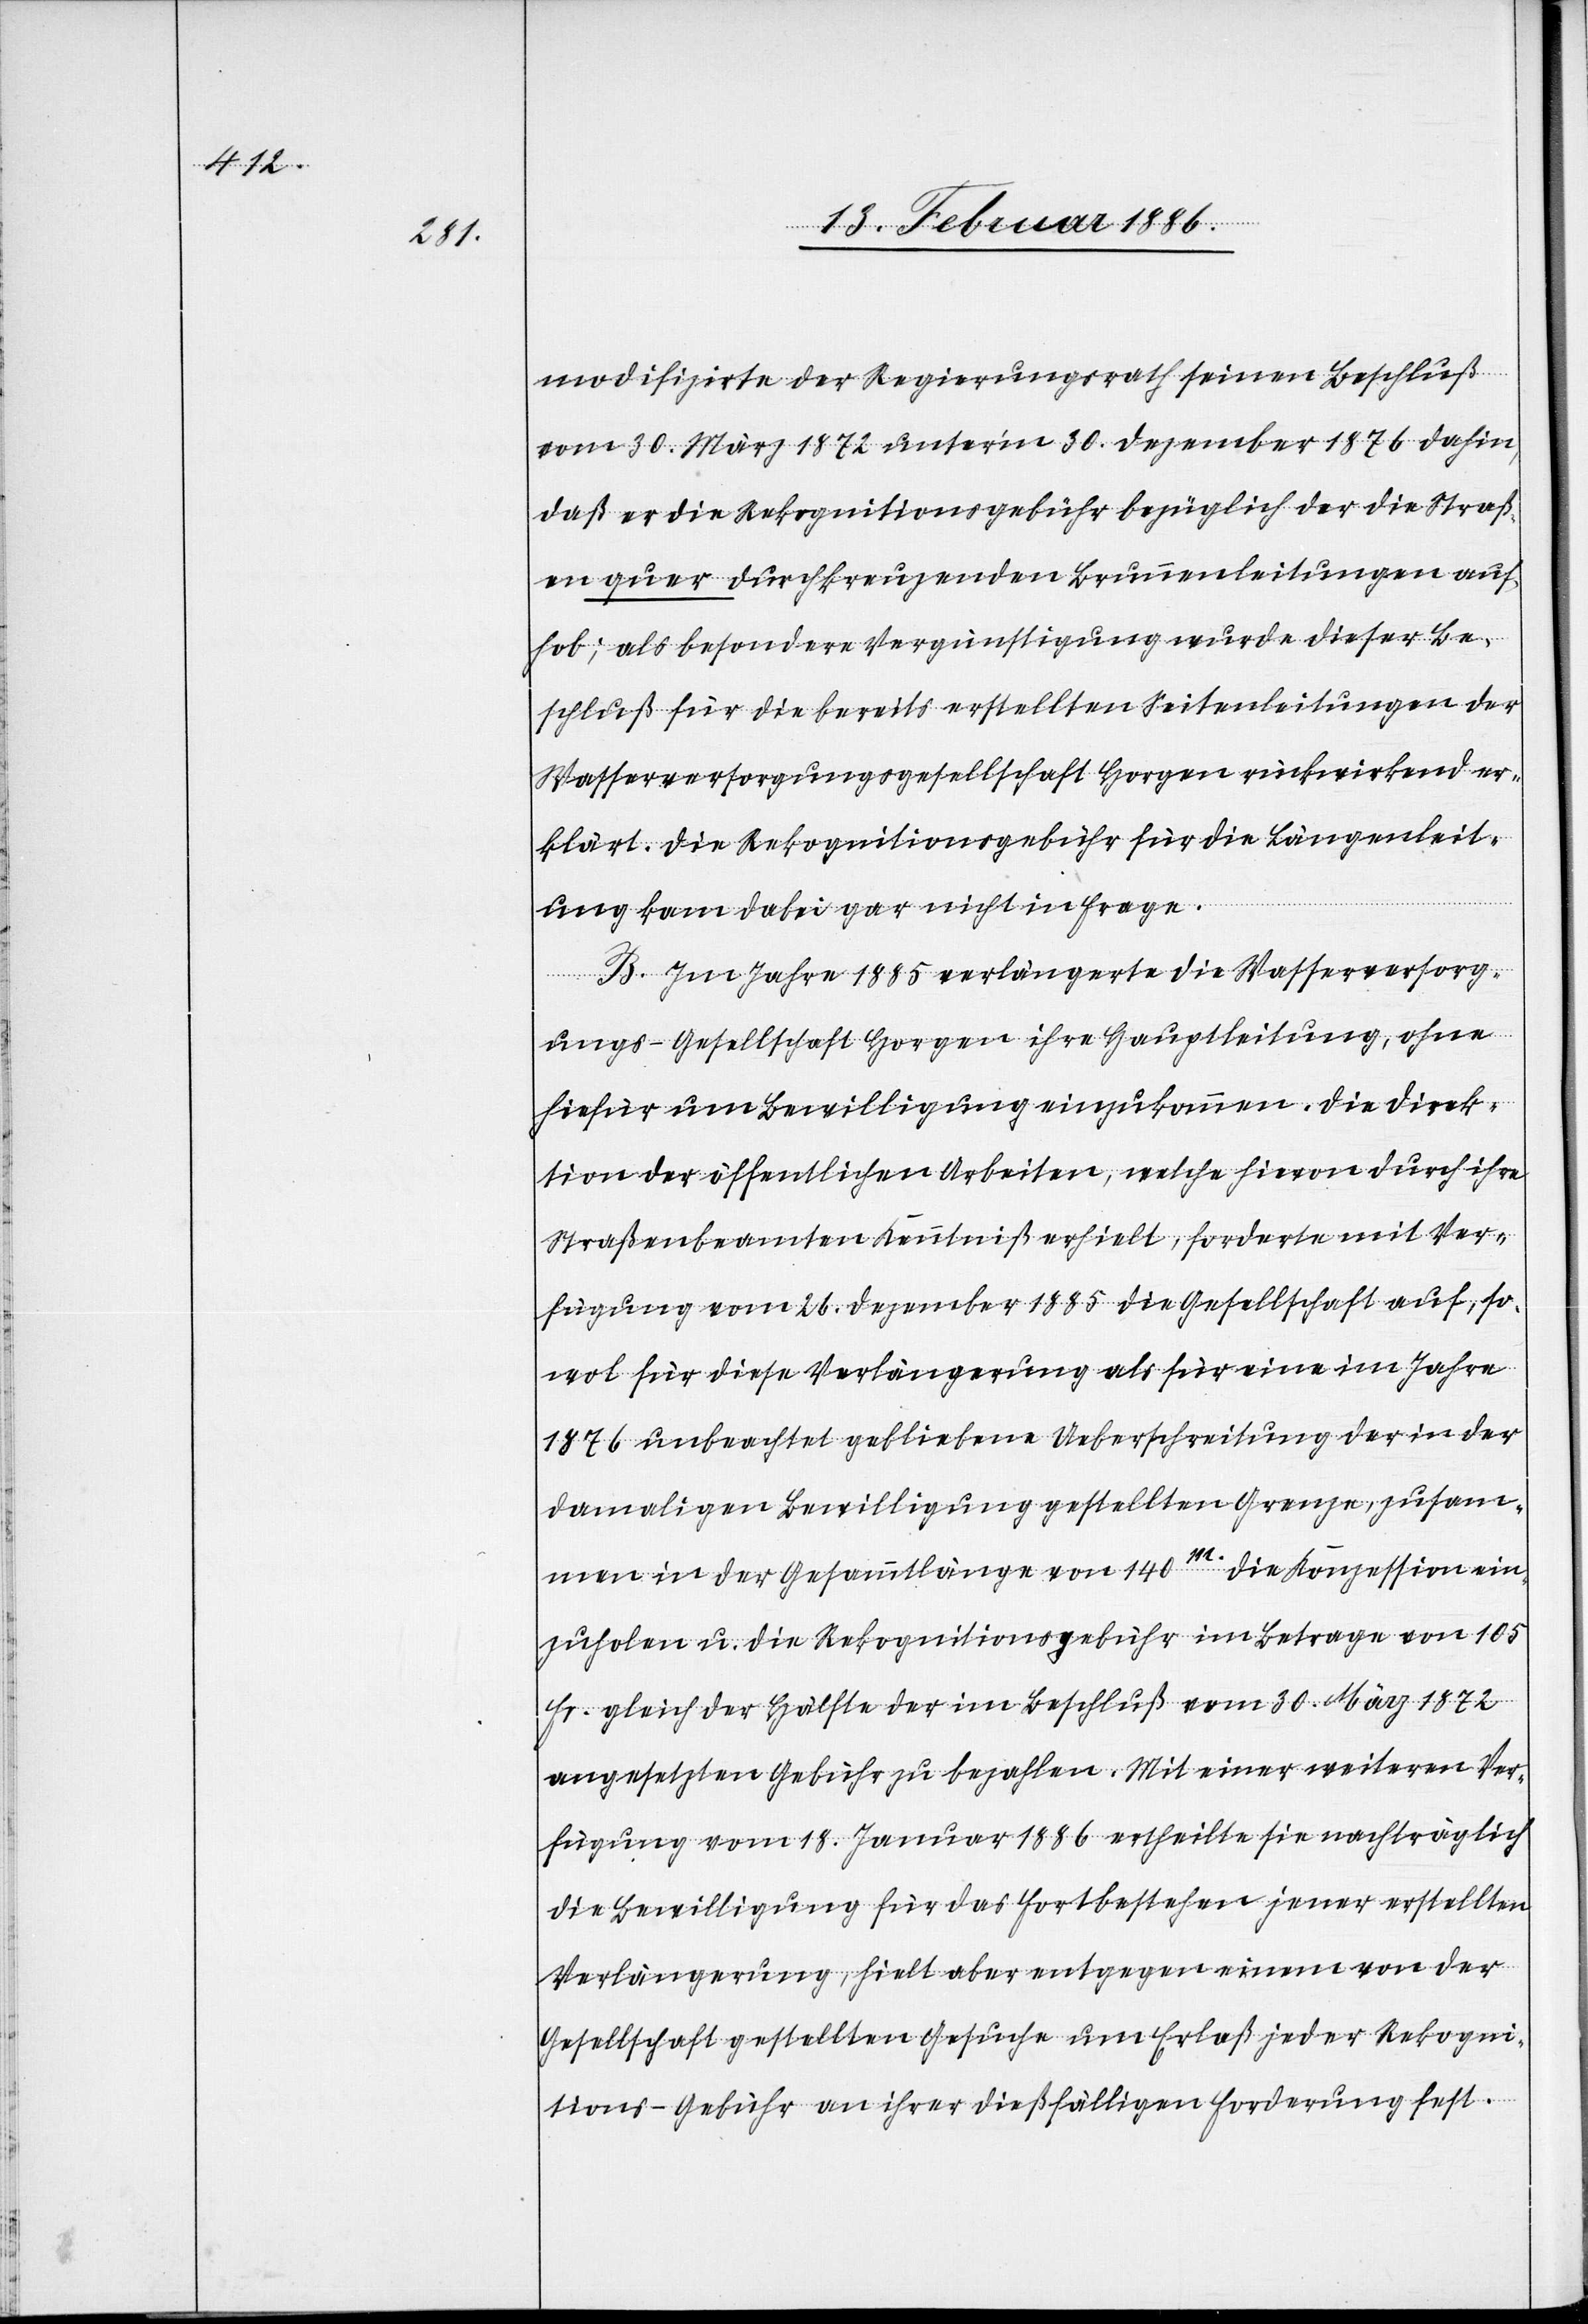
modifizierte der Regierungsrath seinen Beschluß
vom 30. März 1872 unterm 30. Dezember 1876 dahin,
daß er die Rekognitionsgebühr bezüglich der die Straß¬
e quer durchkreuzenden Brunnenleitungen auf¬
hob; als besondere Vergünstigung wurde dieser Be¬
schluß für die bereits erstellten Seitenleitungen der
Wasserversorgungsgesellschaft Horgen rückwirkend er¬
klärt. Die Rekognitionsgebühr für die Längenleit¬
ung kam dabei gar nicht in Frage.
B. Im Jahr 1885 verlängerte die Wasserversorg¬
ungs-Gesellschaft Horgen ihre Hauptleitung, ohne
hiefür um Bewilligung einzukommen. Die Direk¬
tion der öffentlichen Arbeiten, welche hievon durch ihre
Straßenbeamte Kenntniß erhielt, forderte mit Ver¬
fügung vom 26. Dezember 1885 die Gesellschaft auf, so¬
wol für diese Verlängerung als für eine im Jahre
1876 unbeachtet gebliebene Ueberschreitung der in der
damaligen Bewilligung gestellten Grenze, zusam¬
men in der Gesammtlänge von 140m. die Konzession ein¬
zuholen u. die Rekognitionsgebühr im Betrage von 105
Fr. gleich der Hälfte der im Beschluß vom 30. März 1872
angesetzten Gebühr zu bezahlen. Mit einer weiteren Ver¬
fügung vom 18. Januar 1886 ertheilte sie nachträglich
die Bewilligung für das Fortbestehen jener erstellten
Verlängerung, hielt aber entgegen eines von der
Gesellschaft gestellten Gesuches um Erlaß jeder Rekogni¬
tion-Gebühr an ihrer dießfälligen Forderung fest.